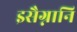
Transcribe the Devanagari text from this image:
इसैग्नानि